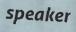
speaker